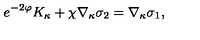
e ^ { - 2 \varphi } K _ { \kappa } + \chi \nabla _ { \kappa } \sigma _ { 2 } = \nabla _ { \kappa } \sigma _ { 1 } ,